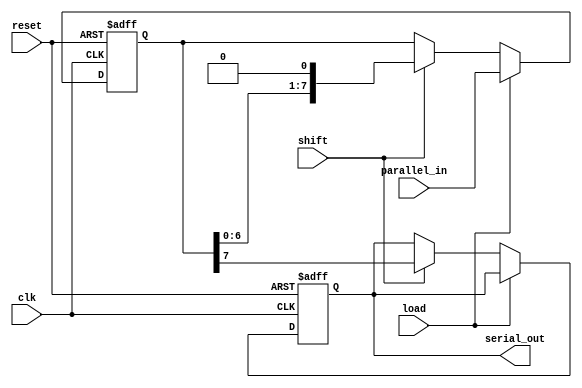
module configurable_piso_register #(
    parameter N = 8  // Configurable width of the register
) (
    input wire clk,               // Clock signal
    input wire reset,             // Asynchronous reset
    input wire load,              // Load control signal
    input wire shift,             // Shift control signal
    input wire [N-1:0] parallel_in,// Parallel input data
    output reg serial_out         // Serial output
);

    // Internal register to hold the data
    reg [N-1:0] data_reg;

    always @(posedge clk or posedge reset) begin
        if (reset) begin
            data_reg <= {N{1'b0}};  // Reset the register to 0
            serial_out <= 1'b0;     // Reset serial output
        end else if (load) begin
            data_reg <= parallel_in; // Load parallel input into the register
        end else if (shift) begin
            // Shift out the MSB to serial_out
            serial_out <= data_reg[N-1];
            data_reg <= {data_reg[N-2:0], 1'b0}; // Shift register
        end
    end

endmodule